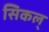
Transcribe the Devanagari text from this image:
सिकल्